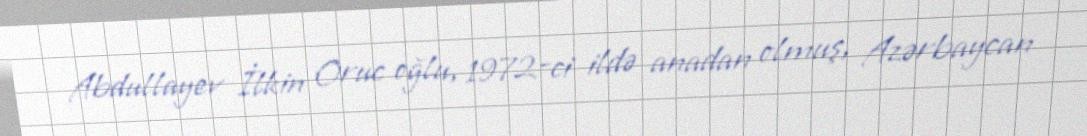
Abdullayev İlkin Oruc oğlu, 1972-ci ildə anadan olmuş, Azərbaycan